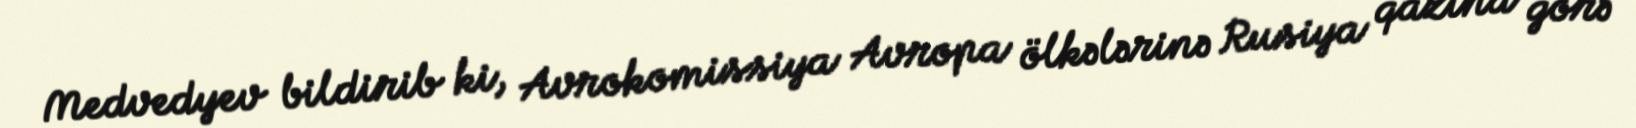
Medvedyev bildirib ki, Avrokomissiya Avropa ölkələrinə Rusiya qazına görə